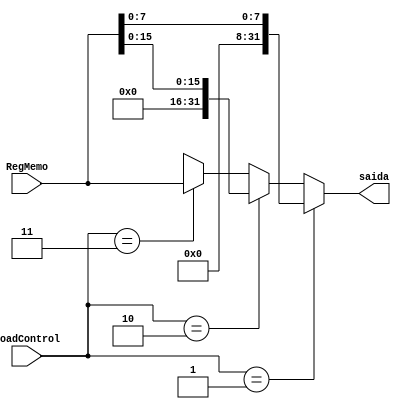
module Load (
    input wire [31:0] RegMemo, input wire [1:0] LoadControl, output wire [31:0] saida);
    
    assign saida = (LoadControl == 1)? {24'b0, RegMemo[7:0]} :
                   (LoadControl == 2)? {16'b0 , RegMemo[15:0]} :
                   (LoadControl == 3)? RegMemo :
                   32'hxxxxxxxx;

endmodule